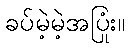
ခပ်မဲ့မဲ့အပြုံး။